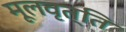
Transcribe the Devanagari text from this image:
मूलवृत्ति